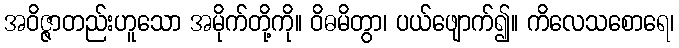
အဝိဇ္ဇာတည်းဟူသော အမိုက်တို့ကို။ ဝိဓမိတွာ၊ ပယ်ဖျောက်၍။ ကိလေသစောရေ၊